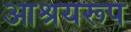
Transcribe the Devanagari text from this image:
आश्रयरूप